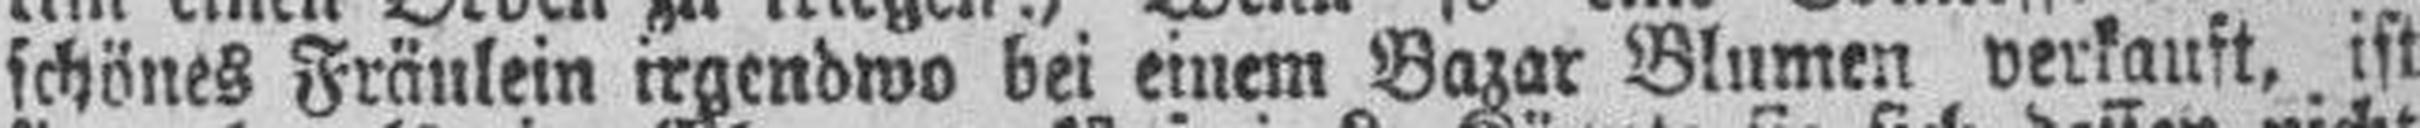
schönes Fräulein irgendwo bei einem Bazar Blumen verkauft, ist